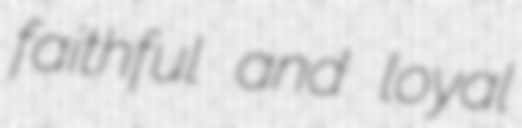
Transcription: faithful and loyal